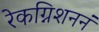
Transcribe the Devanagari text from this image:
रेकग्निशननं